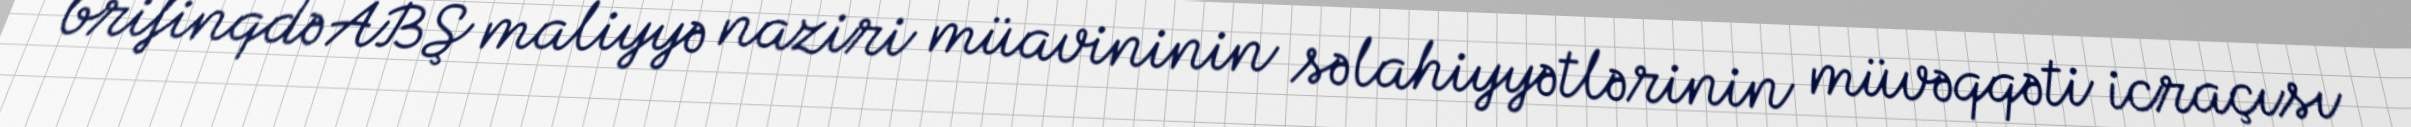
brifinqdə ABŞ maliyyə naziri müavininin səlahiyyətlərinin müvəqqəti icraçısı